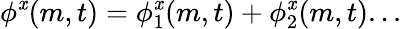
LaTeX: \phi^{\mathit{x}}(m,t)=\phi_{1}^{\mathit{x}}(m,t)+\phi_{2}^{\mathit{x}}(m,t)...